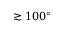
\gtrsim 1 0 0 ^ { \circ }